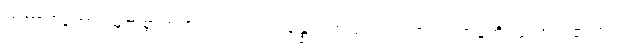
တထာဂတော၊ မြတ်စွာဘုရားသည်။ ပသန္နော၊ ကြည်ရွှင်ရကား။ သာဓူတိ၊ ကောင်း၏ဟူ၍။